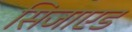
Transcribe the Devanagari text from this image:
सिजाएड